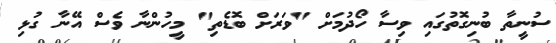
ސުނީތާ ބުނިގޮތުގައި ވިސާ ހޯދުމަށް "ވަަރަށް ބޮޑެތި" މީހުންނާ ވެސް އޭނާ ގުޅި